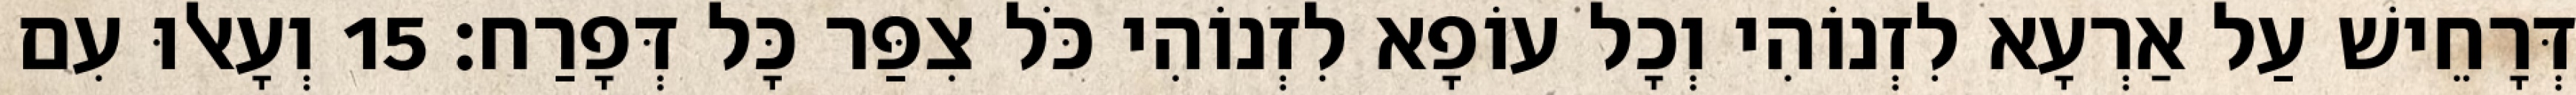
דְּרָחֵישׁ עַל אַרְעָא לִזְנוֹהִי וְכָל עוֹפָא לִזְנוֹהִי כֹּל צִפַּר כָּל דְּפָרַח׃ 15 וְעָאלוּ עִם